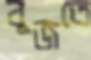
বুজতে